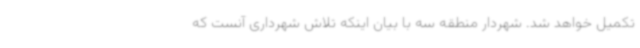
تکمیل خواهد شد. شهردار منطقه سه با بیان اینکه تلاش شهرداری آنست که